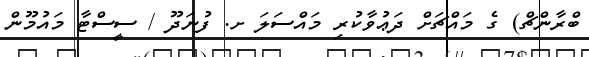
ބްރާންޗް) ގެ މައްޗަށް ދަޢުވާކުރި މައްސަލަ ށ. ފުނަދޫ / ސީސްޓާ މައުމޫން